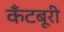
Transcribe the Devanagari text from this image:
कँटबूरी